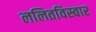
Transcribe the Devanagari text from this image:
ललितविस्वार